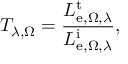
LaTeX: T _ { \lambda , \Omega } = { \frac { L _ { \mathrm { e } , \Omega , \lambda } ^ { \mathrm { t } } } { L _ { \mathrm { e } , \Omega , \lambda } ^ { \mathrm { i } } } } ,